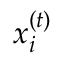
x _ { i } ^ { ( t ) }